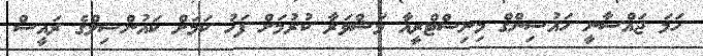
ހަމަ ޖައްސާނީ ހައުސިންްގް މިނިސްޓްރީއާ މަޝްވަރާ ކުރުމަށް ފަހު ކަމަށް ކައުންސިލްގެ ރައީސް